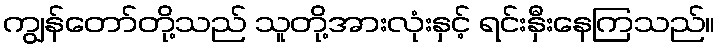
ကျွန်တော်တို့သည် သူတို့အားလုံးနှင့် ရင်းနှီးနေကြသည်။